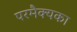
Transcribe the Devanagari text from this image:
परमैक्यका